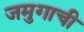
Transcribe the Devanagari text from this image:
जमुगाची